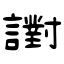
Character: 譵